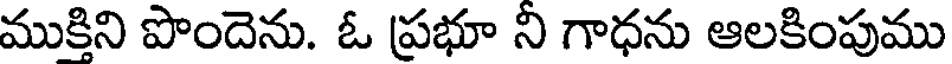
ముకిని పొందెను. ఓ ప్రభూ ని గాధను ఆలకింపుము